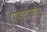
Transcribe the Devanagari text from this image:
पांडवघाट